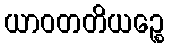
ယာဝတတိယဉ္စေ